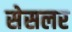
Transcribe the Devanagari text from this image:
सेसलर